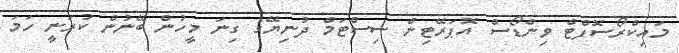
މައިކްރޯސޮފްޓް ވިންޑޯސް އޮޕަރޭޓިން ސިސްޓަމް ދުނިޔޭގެ ގިނަ މީހުން ބޭނުން ކުރަނީ ހަމަ